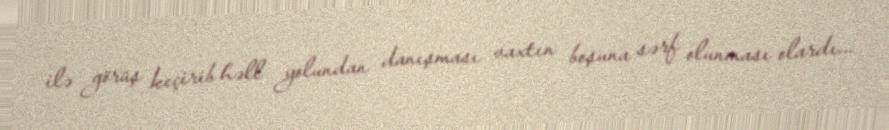
ilə görüş keçirib həll yolundan danışması vaxtın boşuna sərf olunması olardı...